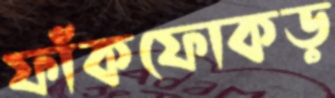
ফাঁকফোকড়